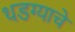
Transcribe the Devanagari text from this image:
थडग्याचे